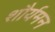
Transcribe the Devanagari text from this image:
शौर्यमन